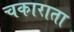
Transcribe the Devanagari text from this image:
चकाराता